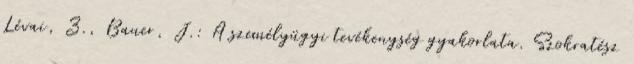
Lévai, Z., Bauer, J.: A személyügyi tevékenység gyakorlata. Szokratész